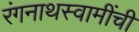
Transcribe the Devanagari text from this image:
रंगनाथस्वामींची